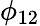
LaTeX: \phi_{12}